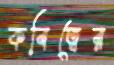
কবিত্বের